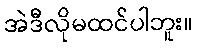
အဲဒီလိုမထင်ပါဘူး။